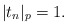
\begin{align*}|t_n|_p=1.\end{align*}